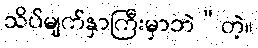
သိပ်မျက်နှာကြီးမှာဘဲ”တဲ့။